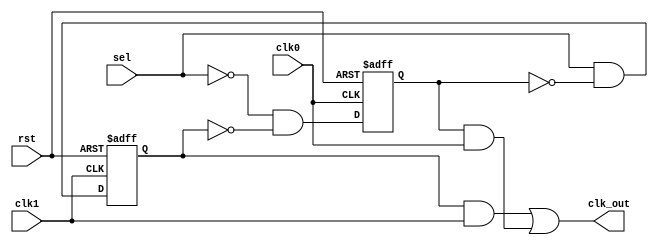
`timescale 1ns/1ns

module huawei6(
    input  clk0 ,
    input  clk1 ,
    input  sel ,
    input  rst ,
    output clk_out 
);
//*****************code******************//
    reg out0;
    reg out1;
    
    always@(negedge clk1 or negedge rst) begin
        if (~rst) begin 
            out1 <= 0;
        end 
        else begin 
            out1 <= sel & (~out0);
        end
    end
    
    always@(posedge clk0 or negedge rst) begin
        if (~rst) begin 
            out0 <= 0;
        end 
        else begin 
            out0 <= (~sel) & (~out1);
        end
    end
    
    assign clk_out = (out1 & clk1) | (out0 & clk0);
    
//*****************code******************//    
endmodule